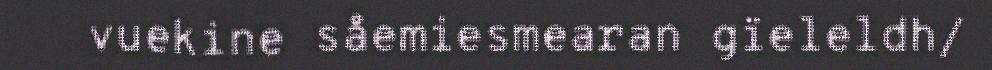
vuekine såemiesmearan gïeleldh/